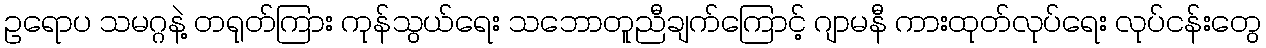
ဥရောပ သမဂ္ဂနဲ့ တရုတ်ကြား ကုန်သွယ်ရေး သဘောတူညီချက်ကြောင့် ဂျာမနီ ကားထုတ်လုပ်ရေး လုပ်ငန်းတွေ